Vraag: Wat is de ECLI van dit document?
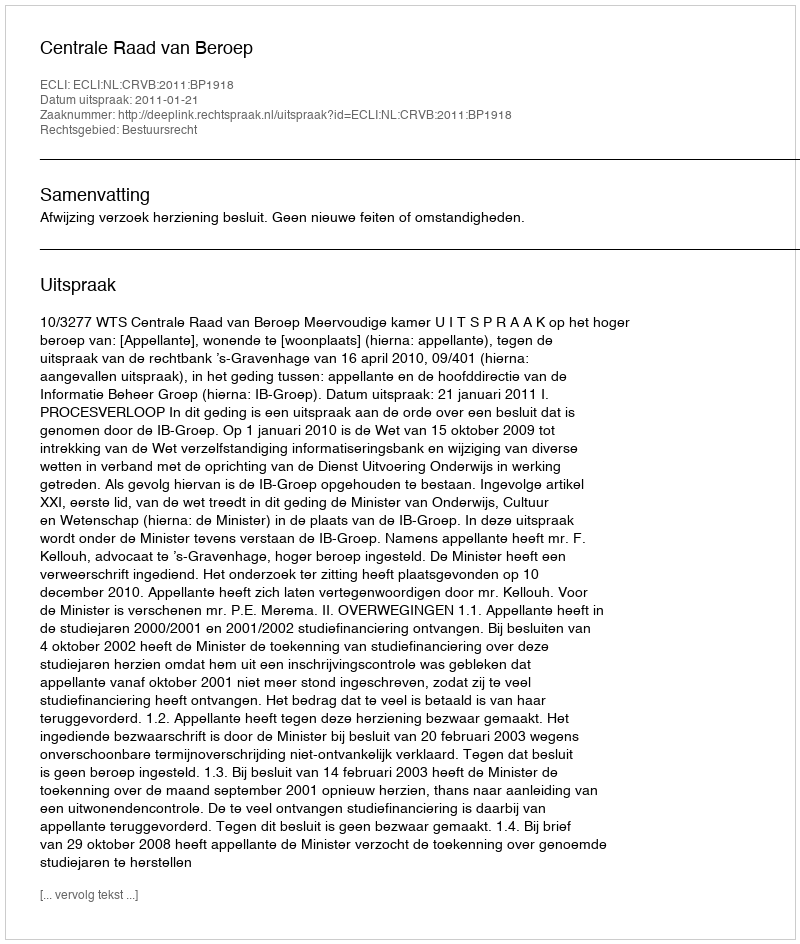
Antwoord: ECLI:NL:CRVB:2011:BP1918